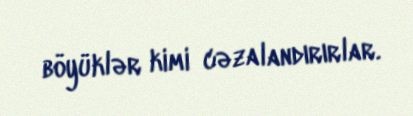
böyüklər kimi cəzalandırırlar.